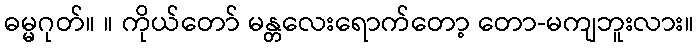
ဓမ္မဂုတ်။ ။ ကိုယ်တော် မန္တလေးရောက်တော့ တော-မကျဘူးလား။